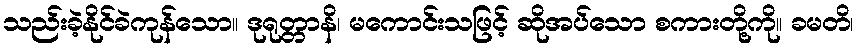
သည်းခဲ့နိုင်ခဲကုန်သော။ ဒုရုတ္တာနိ၊ မကောင်းသဖြင့် ဆိုအပ်သော စကားတို့ကို။ ခမတိ၊